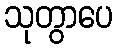
သုတွာပေ